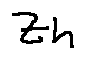
z _ { h }